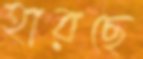
হারছে